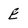
Character: E